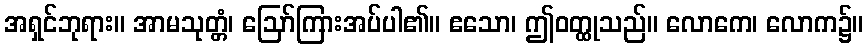
အရှင်ဘုရား။ အာမသုတ္တံ၊ ဩော်ကြားအပ်ပါ၏။ ဧသော၊ ဤဝတ္ထုသည်။ လောကေ၊ လောက၌။